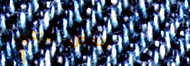
مدخل فرعي